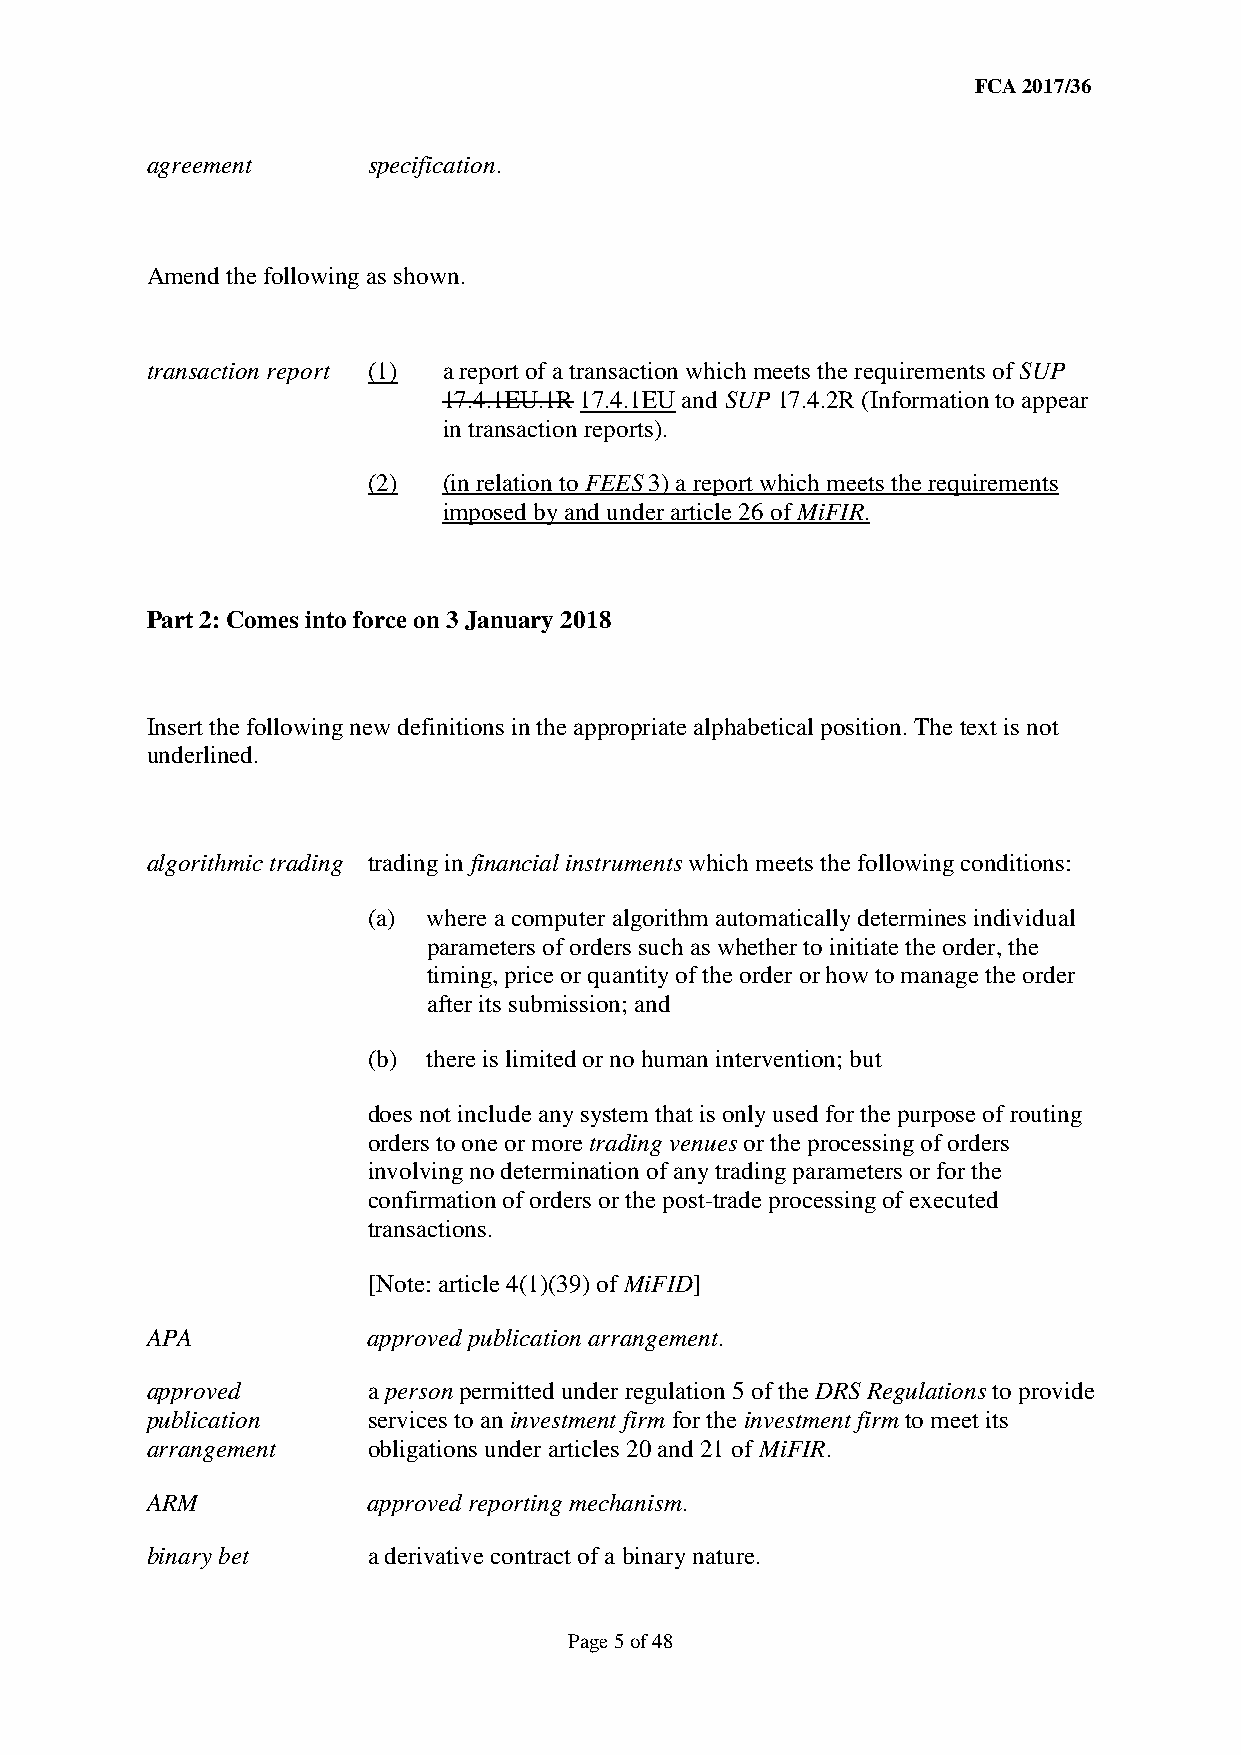
FCA 2017/36
 agreement     specification.
 Amend the following as shown.
 transaction report (1) a report of a transaction which meets the requirements of SUP
 17.4.1EU.1R 17.4.1EU and SUP 17.4.2R (Information to appear
 in transaction reports).
 (2)  (in relation to FEES 3) a report which meets the requirements
 imposed by and under article 26 of MiFIR.
 Part 2: Comes into force on 3 January 2018
 Insert the following new definitions in the appropriate alphabetical position. The text is not
 underlined.
 algorithmic trading trading in financial instruments which meets the following conditions:
 (a) where a computer algorithm automatically determines individual
 parameters of orders such as whether to initiate the order, the
 timing, price or quantity of the order or how to manage the order
 after its submission; and
 (b) there is limited or no human intervention; but
 does not include any system that is only used for the purpose of routing
 orders to one or more trading venues or the processing of orders
 involving no determination of any trading parameters or for the
 confirmation of orders or the post-trade processing of executed
 transactions.
 [Note: article 4(1)(39) of MiFID]
 APA           approved publication arrangement.
 approved      a person permitted under regulation 5 of the DRS Regulations to provide
 publication   services to an investment firm for the investment firm to meet its
 arrangement   obligations under articles 20 and 21 of MiFIR.
 ARM           approved reporting mechanism.
 binary bet    a derivative contract of a binary nature.
 Page 5 of 48